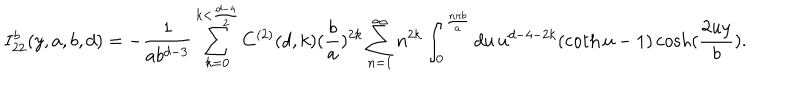
LaTeX: I _ { 2 2 } ^ { b } ( y , a , b , d ) = - \frac { 1 } { a b ^ { d - 3 } } \sum _ { k = 0 } ^ { k < \frac { d - 4 } { 2 } } C ^ { ( 2 ) } ( d , k ) ( \frac { b } { a } ) ^ { 2 k } \sum _ { n = 1 } ^ { \infty } n ^ { 2 k } \int _ { 0 } ^ { \frac { n \pi b } { a } } d u \, u ^ { d - 4 - 2 k } ( \coth u - 1 ) \cosh ( \frac { 2 u y } { b } ) .